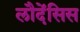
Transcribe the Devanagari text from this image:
लौदेंसिस